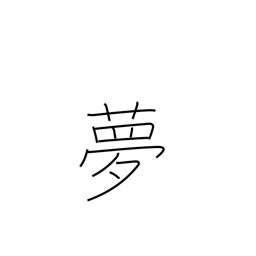
Meaning: vision